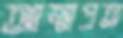
আত্মপ্রত